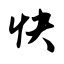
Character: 快